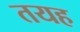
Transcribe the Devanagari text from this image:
तयह